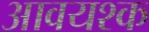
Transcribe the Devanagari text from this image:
आवयश्क